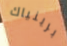
برينياك